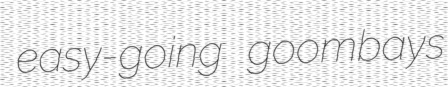
easy-going goombays